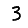
Digit: 3